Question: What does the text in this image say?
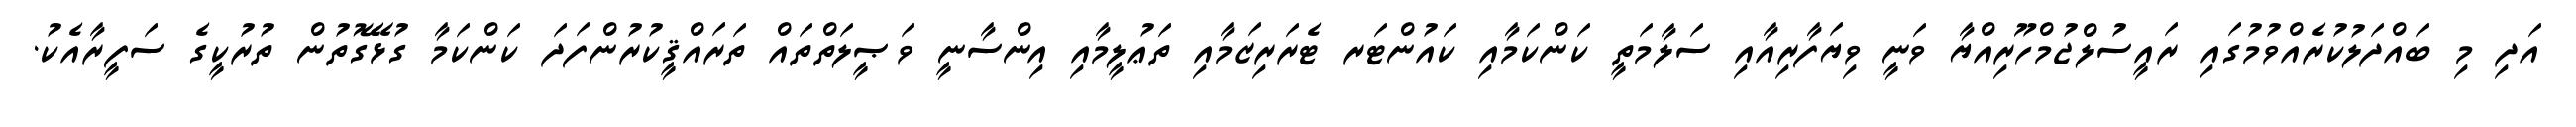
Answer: އަދި މި ބައްދަލުކުރެއްވުމުގައި ރައީސުލްޖުމްހޫރިއްޔާ ވަނީ ވިޔަފާރިއާއި ސަލާމަތީ ކަންކަމާއި ކައުންޓަރ ޓެރަރިޒަމާއި ތަޢުލީމާއި އިންސާނީ ވަޞީލަތްތައް ތަރައްޤީކުރުންފަދަ ކަންކަމާ ގުޅޭގޮތުން ތުރުކީގެ ސަފީރާއެކު.